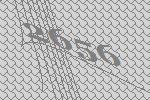
2656